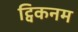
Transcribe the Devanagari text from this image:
ट्विकनम